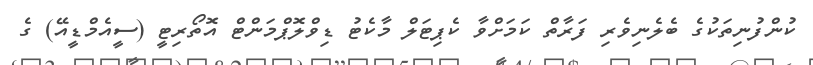
ކުންފުނިތަކުގެ ބެލެނިވެރި ފަރާތް ކަމަށްވާ ކެޕިޓަލް މާކެޓު ޑިވްލޮޕްމަންޓް އޮތޯރިޓީ (ސީއެމްޑީއޭ) ގެ